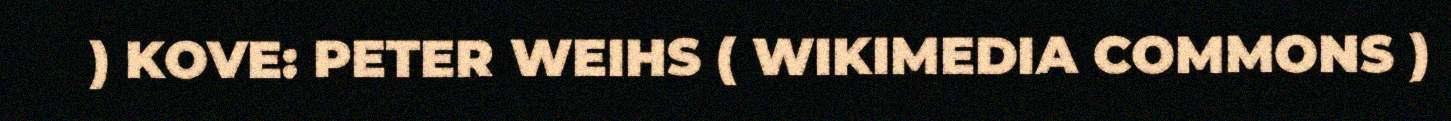
) KOVE: PETER WEIHS ( WIKIMEDIA COMMONS )